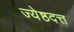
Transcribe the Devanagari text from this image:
ज्येष्ठदत्त